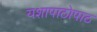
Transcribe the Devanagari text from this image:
यशापाठोपाठ